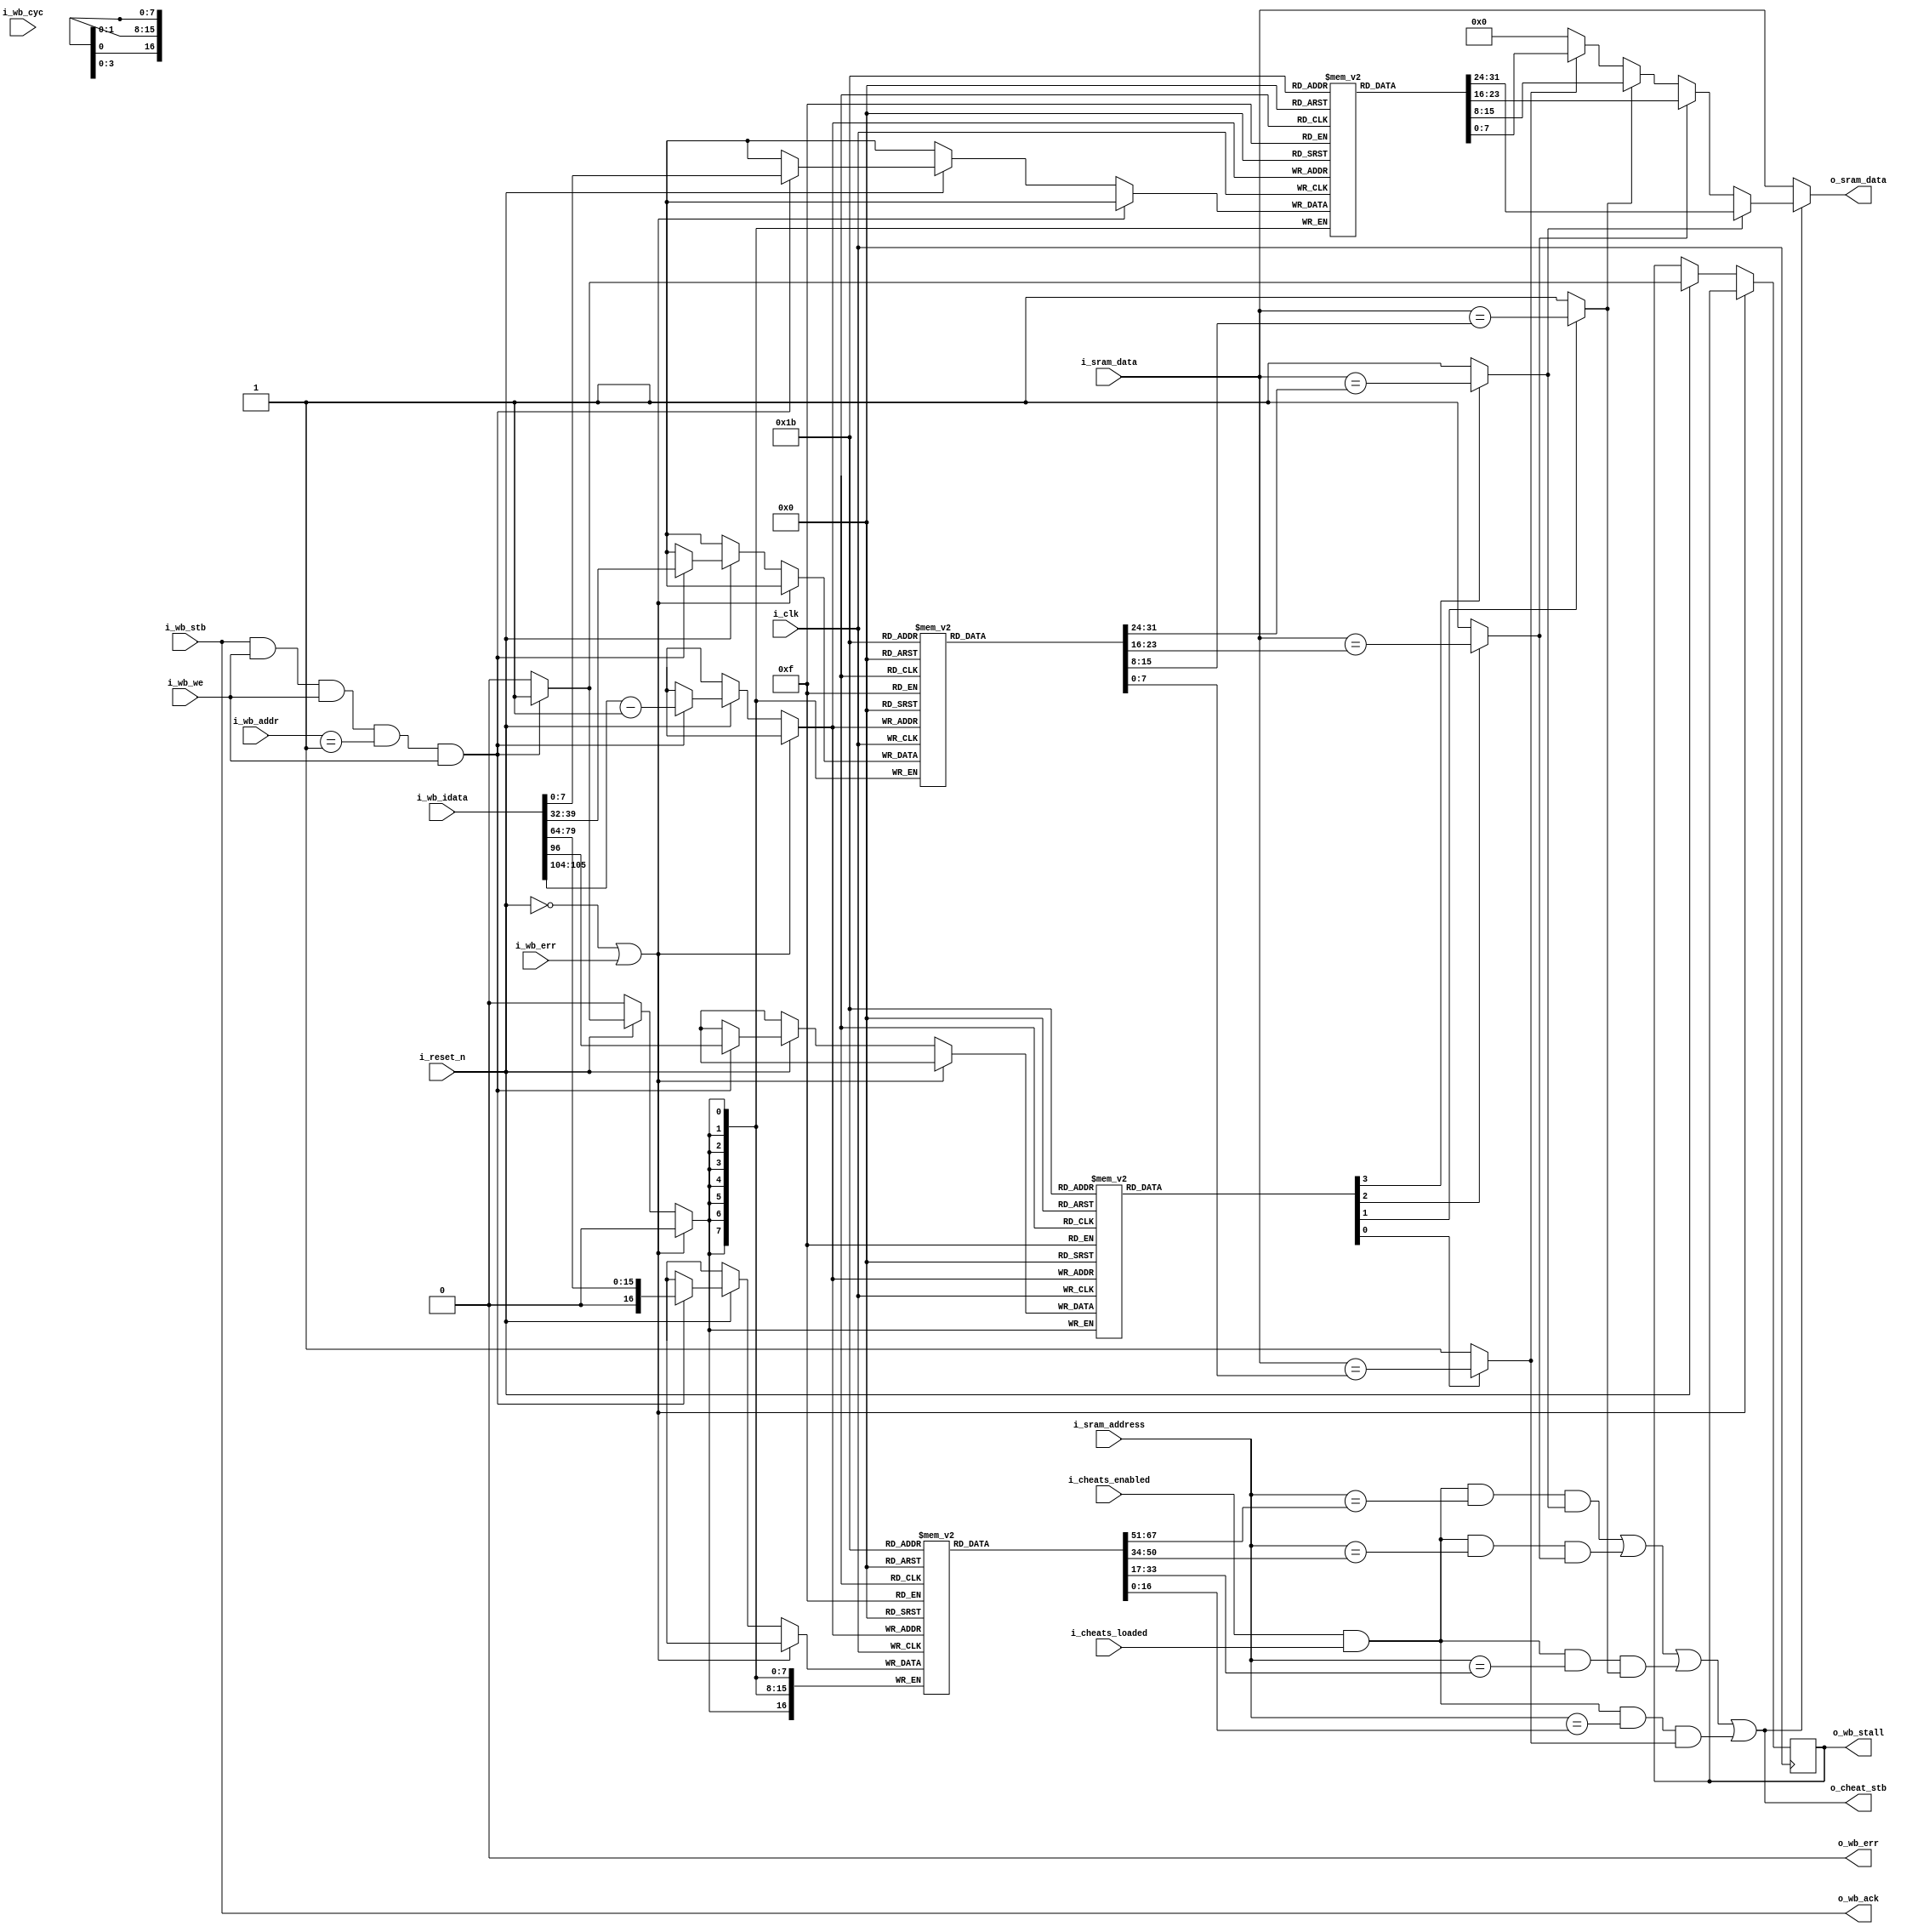
module cheat_wizard(
                        input wire i_clk,
                        input wire i_reset_n,
                        // Cheats
                        input wire i_cheats_enabled,
                        input wire i_cheats_loaded,
                        input wire [23:0] i_sram_address,
                        input wire [7:0] i_sram_data,
                        output wire o_cheat_stb,
                        output wire [7:0] o_sram_data,
                        // Wishbone slave
                        input wire i_wb_cyc,
                        input wire i_wb_stb,
                        input wire i_wb_we,
                        input wire i_wb_err,
                        input wire [1:0] i_wb_addr,
                        input wire [128:0] i_wb_idata,
                        output wire o_wb_ack,
                        output wire o_wb_stall,
                        output wire o_wb_err
                    );
// Wishbone Cheat Data FSM
reg [7:0] cheats_nr;
reg [7:0] cheats_nr_last;
reg cheats_compare_enabled_temp;
reg [16:0] cheats_address_temp;
reg [7:0] cheat_compare_value_temp;
reg [7:0] cheats_replace_value_temp;
reg cheats_compare_enabled[3:0];
reg [16:0] cheats_address[3:0];
reg [7:0] cheat_compare_value[3:0];
reg [7:0] cheats_replace_value[3:0];
reg [1:0] cheat_data_ix;

// Cheats stuff
wire cheat_compare_stb_0;
wire cheat_compare_stb_1;
wire cheat_compare_stb_2;
wire cheat_compare_stb_3;
wire cheats_nr_stb;

assign cheats_nr_stb = (cheats_nr_last != cheats_nr);

assign cheat_compare_stb_0 = (~cheats_compare_enabled[0] ? 1'b1 : (i_sram_data == cheat_compare_value[0]));
assign cheat_compare_stb_1 = (~cheats_compare_enabled[1] ? 1'b1 : (i_sram_data == cheat_compare_value[1]));
assign cheat_compare_stb_2 = (~cheats_compare_enabled[2] ? 1'b1 : (i_sram_data == cheat_compare_value[2]));
assign cheat_compare_stb_3 = (~cheats_compare_enabled[3] ? 1'b1 : (i_sram_data == cheat_compare_value[3]));
assign o_cheat_stb = ( (i_cheats_enabled)&&(i_cheats_loaded)&&(i_sram_address == cheats_address[0])&&(cheat_compare_stb_0) ) ||
                     ( (i_cheats_enabled)&&(i_cheats_loaded)&&(i_sram_address == cheats_address[1])&&(cheat_compare_stb_1) ) ||
                     ( (i_cheats_enabled)&&(i_cheats_loaded)&&(i_sram_address == cheats_address[2])&&(cheat_compare_stb_2) ) ||
                     ( (i_cheats_enabled)&&(i_cheats_loaded)&&(i_sram_address == cheats_address[3])&&(cheat_compare_stb_3) );
assign o_sram_data = !o_cheat_stb        ? i_sram_data :
                     cheat_compare_stb_0 ? cheats_replace_value[0] : 
                     cheat_compare_stb_1 ? cheats_replace_value[1] : 
                     cheat_compare_stb_2 ? cheats_replace_value[2] :
                     cheat_compare_stb_3 ? cheats_replace_value[3] :
                     8'h00;


// Wishbone stuff
reg wb_ack;
reg wb_err;
reg [128:0] wb_odata;
reg wb_stall;

initial wb_ack = 0;
initial wb_err = 0;
initial wb_odata = 0;
initial wb_stall= 0;

always @(posedge i_clk) begin
    if((~i_reset_n)||(i_wb_err)) begin
    end else begin
        // cheats_data
        if(i_reset_n) begin
            if((i_wb_stb)&&(i_wb_we)&&(i_wb_we)&&((i_wb_addr == 2'h01))&&(i_wb_we)&&(~o_wb_err)) begin
                wb_odata <= i_wb_idata;
                wb_stall <= 1'b1;
                cheat_data_ix <= 2'b00;
                
                cheats_compare_enabled[i_wb_idata[111:104] - 1'b1] <= i_wb_idata[96];
                cheats_address[i_wb_idata[111:104] - 1'b1] <= i_wb_idata[79:64];
                cheat_compare_value[i_wb_idata[111:104] - 1'b1] <= i_wb_idata[39:32];
                cheats_replace_value[i_wb_idata[111:104] - 1'b1] <= i_wb_idata[7:0];
                
            end else 
                wb_stall <= 1'b0;
        end
    end
end

assign o_wb_ack = i_wb_stb;
assign o_wb_stall = wb_stall;
assign o_wb_err = wb_err;

//
// Formal methods
//
`ifdef FORMAL
    // f_past_valid
	reg	f_past_valid;
	initial	f_past_valid = 1'b0;
	initial assert(!f_past_valid);
	always @(posedge i_clk)
		f_past_valid = 1'b1;

    // BMC Assumptions
    always @(posedge i_clk)
        if((f_past_valid)&&((~$past(i_reset_n))||(~$past(i_wb_err)))) begin
            assume((i_wb_addr == 2'h01)||(i_wb_addr == 2'h02)||(i_wb_addr == 2'h03));
            assume($stable(i_wb_addr));
            assume($stable(i_wb_idata));
        end

    always @(posedge i_clk)
        if((f_past_valid)&&((~$past(i_reset_n))||(~$past(i_wb_err))))
            if(i_wb_addr == 2'h01)
                assume(i_wb_idata == 128'h00000000_00000000_00000000_00000001);
    
    always @(posedge i_clk)
        if((f_past_valid)&&((~$past(i_reset_n))||(~$past(i_wb_err))))
            if(i_wb_addr == 2'h02)
                assume(i_wb_idata == 128'h00000000_00000000_00000000_00000001);

    always @(posedge i_clk)
        if((f_past_valid)&&((~$past(i_reset_n))||(~$past(i_wb_err))))
            if(i_wb_addr == 2'h03)
                assume(i_wb_idata == 128'h00000001_000023A2_000000D6_00000024);

    always @(posedge i_clk)
        if((f_past_valid)&&(~$past(f_past_valid))) begin
            assume(i_wb_stb);
            assume(i_wb_we);
            assume(~i_wb_err);
            assume(~i_wb_cyc);
        end else begin
            assume(~i_wb_stb);
            assume(~i_wb_we);
            assume(~i_wb_err);
            assume(i_wb_cyc);
        end

    always @(posedge i_clk)
        if((f_past_valid)&&($past(f_past_valid))&&((~$past(i_reset_n))))
            if($past(i_cheats_enabled))
                assume(i_cheats_enabled == $past(i_cheats_enabled));
    always @(posedge i_clk)
        if((f_past_valid)&&($past(f_past_valid))&&((~$past(i_reset_n))))
            if($past(i_cheats_loaded))
                assume(i_cheats_loaded == $past(i_cheats_loaded));
        

    // BMC Assertions
    always @(posedge i_clk)
        if((f_past_valid)&&($past(f_past_valid))&&((~$past(i_reset_n))||(~$past(i_wb_err)))) begin
            assert(wb_err == 1'b0);
        end

    // Cover
    always @(posedge i_clk)
        if((f_past_valid)&&(i_reset_n))
            if((i_wb_stb)&&(i_wb_we)&&(~i_wb_err)&&(~o_wb_stall)&&(i_wb_addr == 2'h03)&&(i_wb_idata == 128'h00000001_000023A2_000000D6_00000024))
                if((i_cheats_enabled)&&(i_cheats_loaded)&&(i_sram_address == 23'h00_23A2)&&(i_sram_data == 8'hD6))
                    cover(o_cheat_stb);

    // Contract
    always @(posedge i_clk)
        if((f_past_valid)&&($past(i_reset_n))&&(i_reset_n)&&(($past(i_wb_stb))&&($past(i_wb_cyc))&&($past(i_wb_we))&&(~$past(i_wb_err))&&($past(i_wb_addr) == 1))) begin
            assert(wb_odata == i_wb_idata);
        end

    always @(posedge i_clk)
        if((f_past_valid)&&($past(f_past_valid))&&((~$past(i_reset_n))||(~$past(i_wb_err))))
            if(i_wb_stb)
                assert(o_wb_ack);

    always @(posedge i_clk)
        if((f_past_valid)&&($past(f_past_valid))&&((~$past(i_reset_n))||(~$past(i_wb_err))))
            assert(cheat_compare_stb_0 == (~cheats_compare_enabled[0] ? 1'b1 : (i_sram_data == cheat_compare_value[0])));
    
    always @(posedge i_clk)
        if((f_past_valid)&&($past(f_past_valid))&&((~$past(i_reset_n))||(~$past(i_wb_err))))
            if((cheat_compare_stb_0)&&(~cheat_compare_stb_1)&&(~cheat_compare_stb_2)&&(~cheat_compare_stb_3))
                assert(o_cheat_stb == ( (i_cheats_enabled)&&(i_cheats_loaded)&&(i_sram_address == cheats_address[0])&&(cheat_compare_stb_0) ));
    
    always @(posedge i_clk)
        if((f_past_valid)&&($past(f_past_valid))&&((~$past(i_reset_n))||(~$past(i_wb_err))))
            if((i_cheats_enabled)&&(i_cheats_loaded)&&(i_sram_address == cheats_address[0])&&(i_sram_data == cheat_compare_value[0]))
                if((cheat_compare_stb_0)&&(~cheat_compare_stb_1)&&(~cheat_compare_stb_2)&&(~cheat_compare_stb_3)) begin
                    assert(o_sram_data == cheats_replace_value[0]);
                end
    
    // Induction assumptions

    // Induction assertions

`endif // FORMAL

endmodule